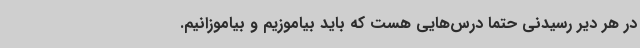
در هر دیر رسیدنی حتماً درس‌هایی هست که باید بیاموزیم و بیاموزانیم.